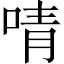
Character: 啨